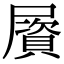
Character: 𡳠